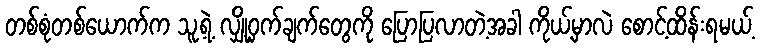
တစ်စုံတစ်ယောက်က သူ့ရဲ့ လျှို့ဝှက်ချက်တွေကို ပြောပြလာတဲ့အခါ ကိုယ့်မှာလဲ စောင့်ထိန်းရမယ့်